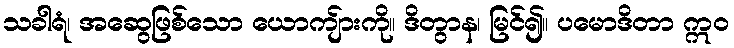
သခါရံ၊ အဆွေဖြစ်သော ယောကျ်ားကို။ ဒိတွာန၊ မြင်၍။ ပမောဒိတာ ဣဝ